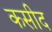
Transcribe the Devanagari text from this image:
कसीद